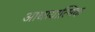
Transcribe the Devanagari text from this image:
आधायात्मिक